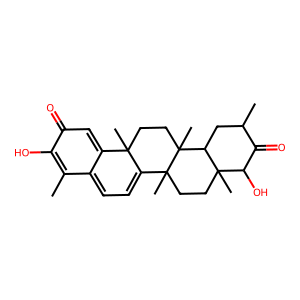
SMILES: CC1=C(O)C(=O)C=C2C1=CC=C1C2(C)CCC2(C)C3CC(C)C(=O)C(O)C3(C)CCC12C
Inhibits HIV replication: No